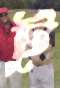
টু